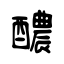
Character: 醲